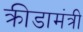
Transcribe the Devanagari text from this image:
क्रीडामंत्री